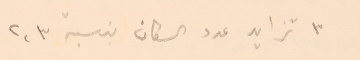
٣ تزايد عدد السكان بنسبة ٢،٣